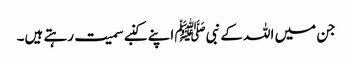
جن میں اللہ کے نبیﷺ اپنے کنبے سمیت رہتے ہیں۔